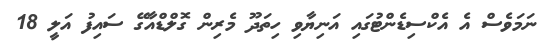
ނަމަވެސް އެ އެކްސިޑެންޓުގައި އަނިޔާވި ހިތަދޫ މެރިން ގޮލްޑްއާގޭ ސައިފު އަލީ 18